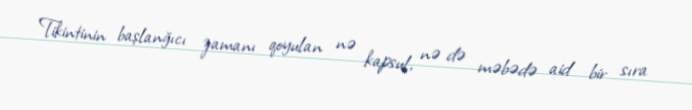
Tikintinin başlanğıcı zamanı qoyulan nə kapsul, nə də məbədə aid bir sıra